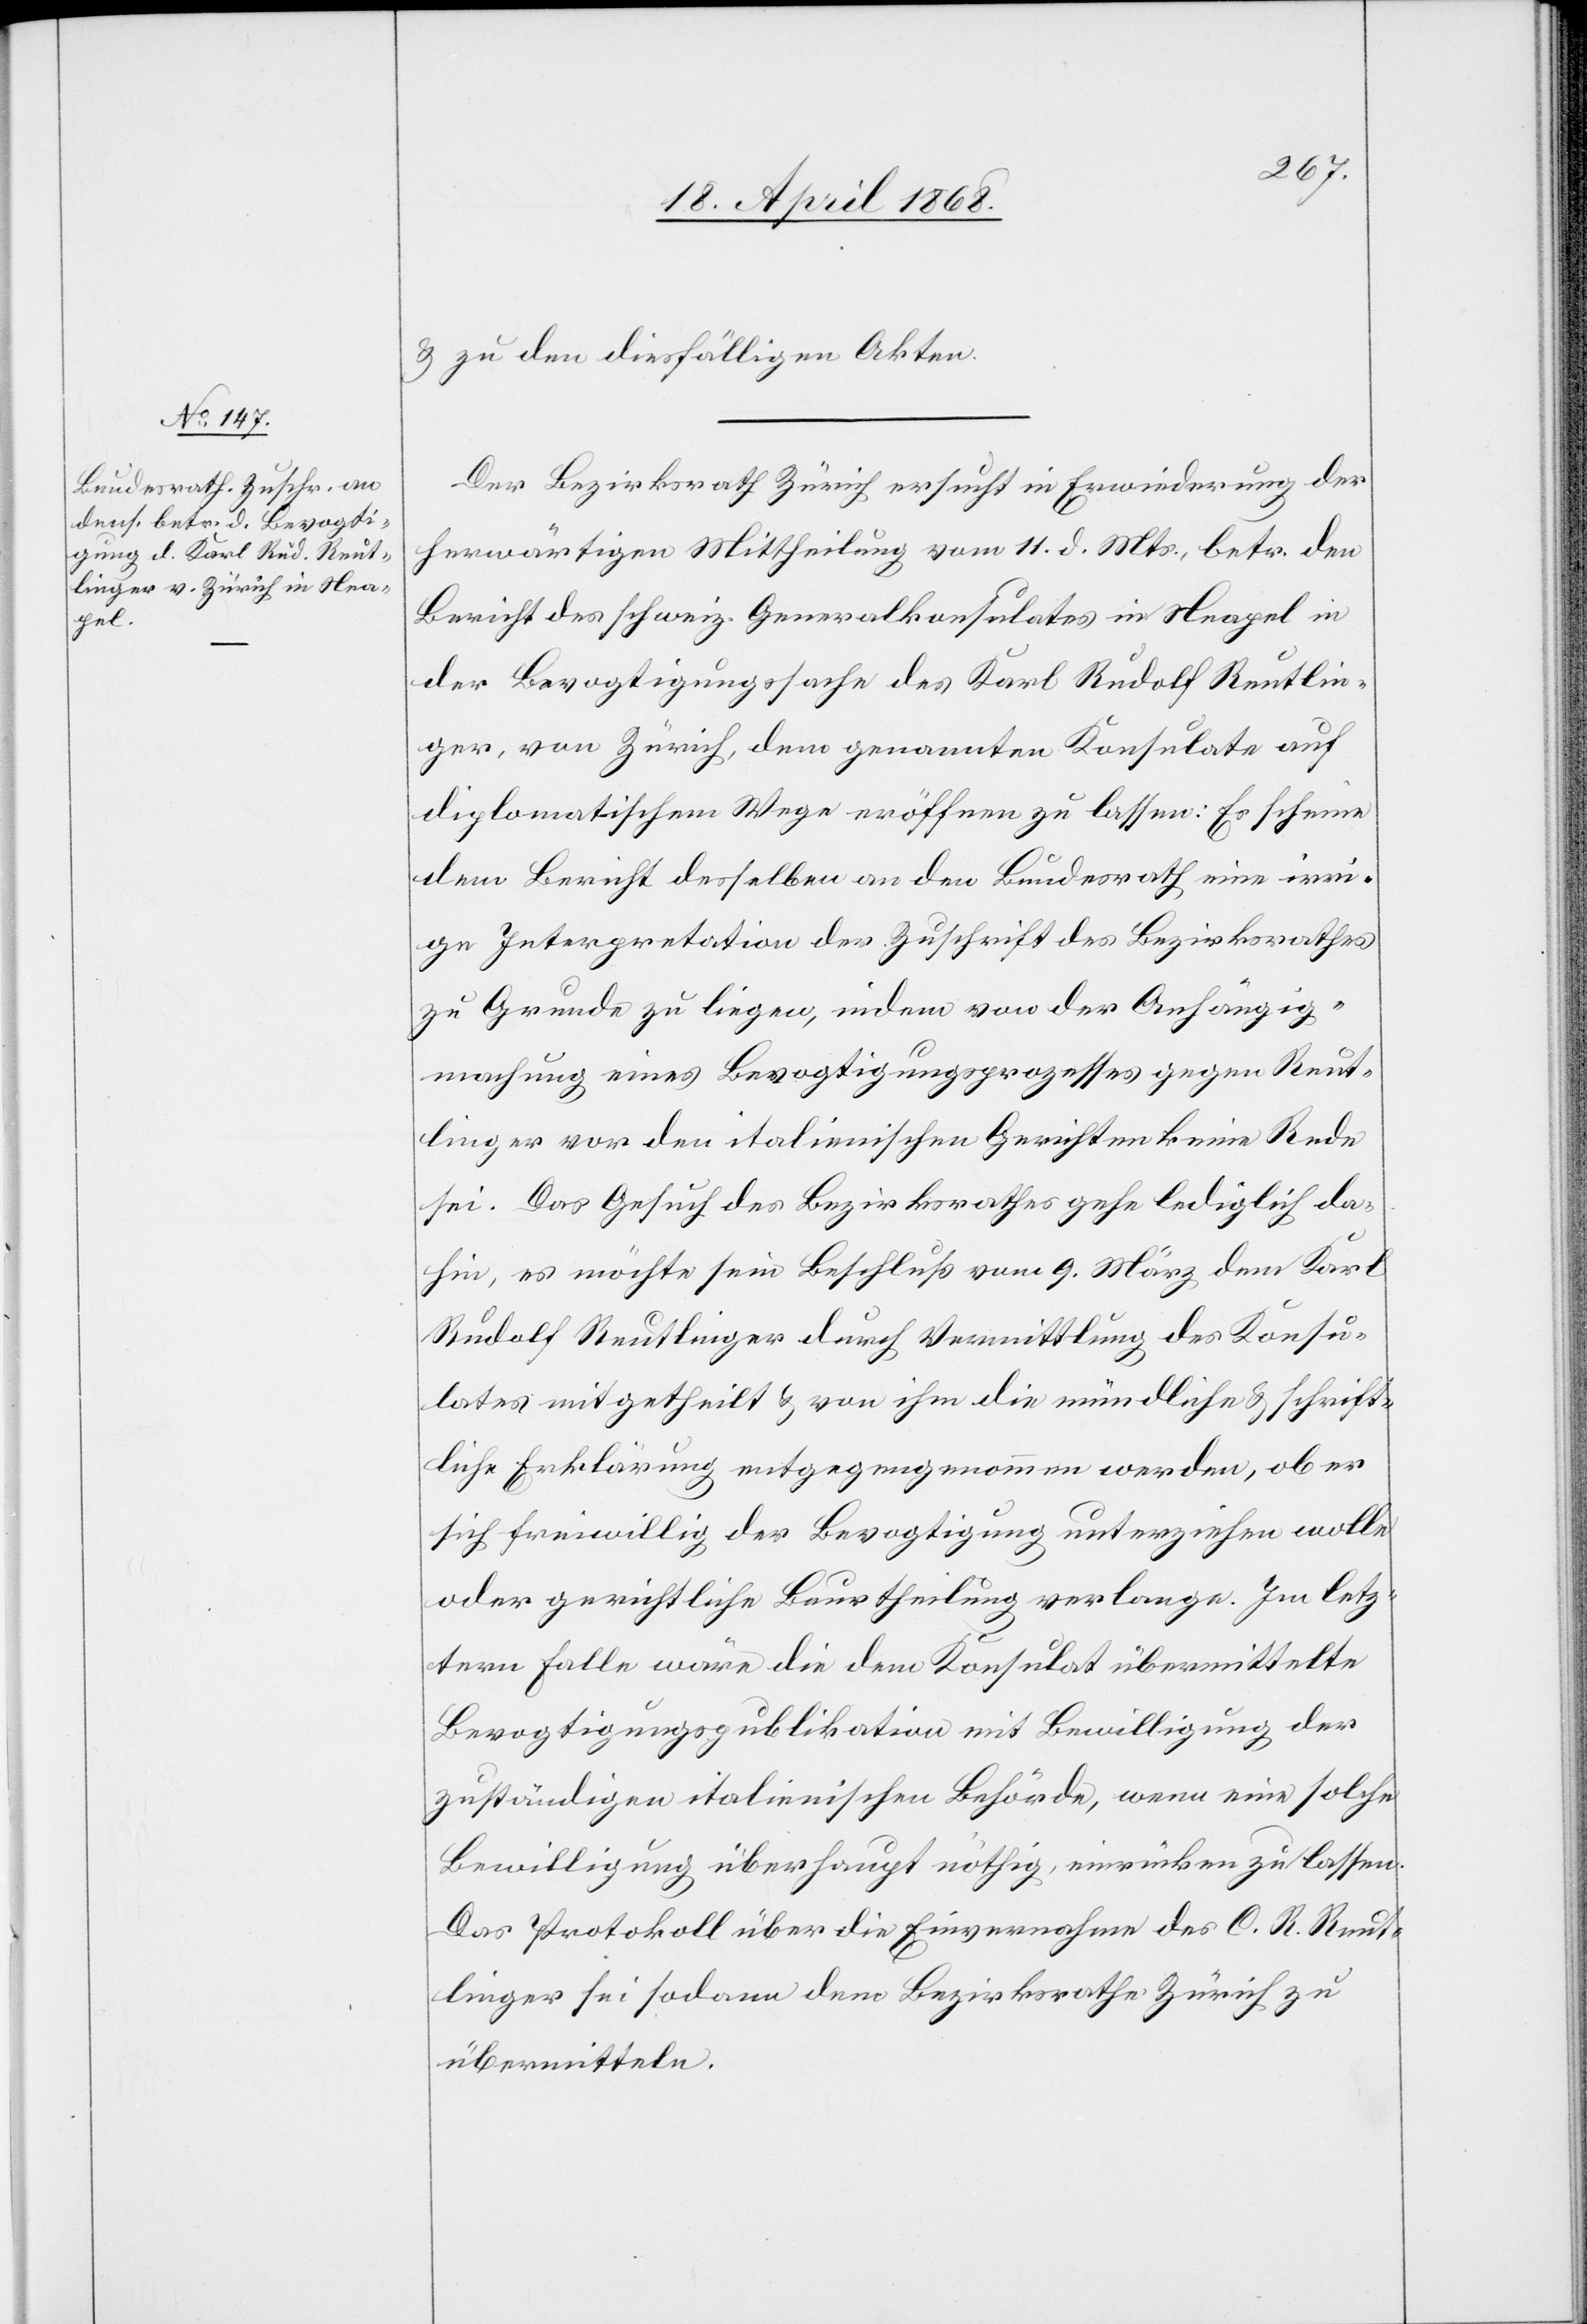
20. April 1868.]
& zu den diesfälligen Akten.
Der Bezirksrath Zürich ersucht in Erwiederung der
herwärtigen Mittheilung vom 11. d. Mts., betr. den
Bericht des schweiz. Generalkonsulates in Neapel in
der Bevogtigungssache des Karl Rudolf Reutlin¬
ger, von Zürich, dem genannten Konsulate auf
diplomatischem Wege eröffnen zu lassen: Es scheine
dem Bericht desselben an den Bundesrath eine irri¬
ge Interpretation der Zuschrift des Bezirksrathes
zu Grunde zu liegen, indem von der Anhängig¬
machung eines Bevogtigungsprozesses gegen Reut¬
linger vor den italienischen Gerichten keine Rede
sei. Das Gesuch des Bezirksrathes gehe lediglich da¬
hin, es möchte sein Beschluß vom 9. März dem Karl
Rudolf Reutlinger durch Vermittlung des Konsu¬
lates mitgetheilt & von ihm die mündliche & schrift¬
liche Erklärung entgegengenommen werden, ob er
sich freiwillig der Bevogtigung unterziehen wolle
oder gerichtliche Beurtheilung verlange. Im letz¬
tern Falle wäre die dem Konsulat übermittelte
Bevogtigungspublikation mit Bewilligung der
zuständigen italienischen Behörde, wenn eine solche
Bewilligung überhaupt nöthig, einrücken zu lassen.
Das Protokoll über die Einvernahme des C. R. Reut¬
linger sei sodann dem Bezirksrathe Zürich zu
übermitteln.